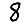
Digit: 8